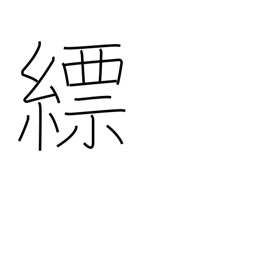
Meaning: light blue